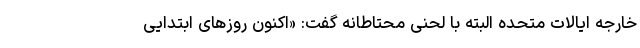
خارجه ایالات متحده البته با لحنی محتاطانه گفت: «اکنون روزهای ابتدایی